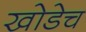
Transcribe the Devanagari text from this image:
खोडेच